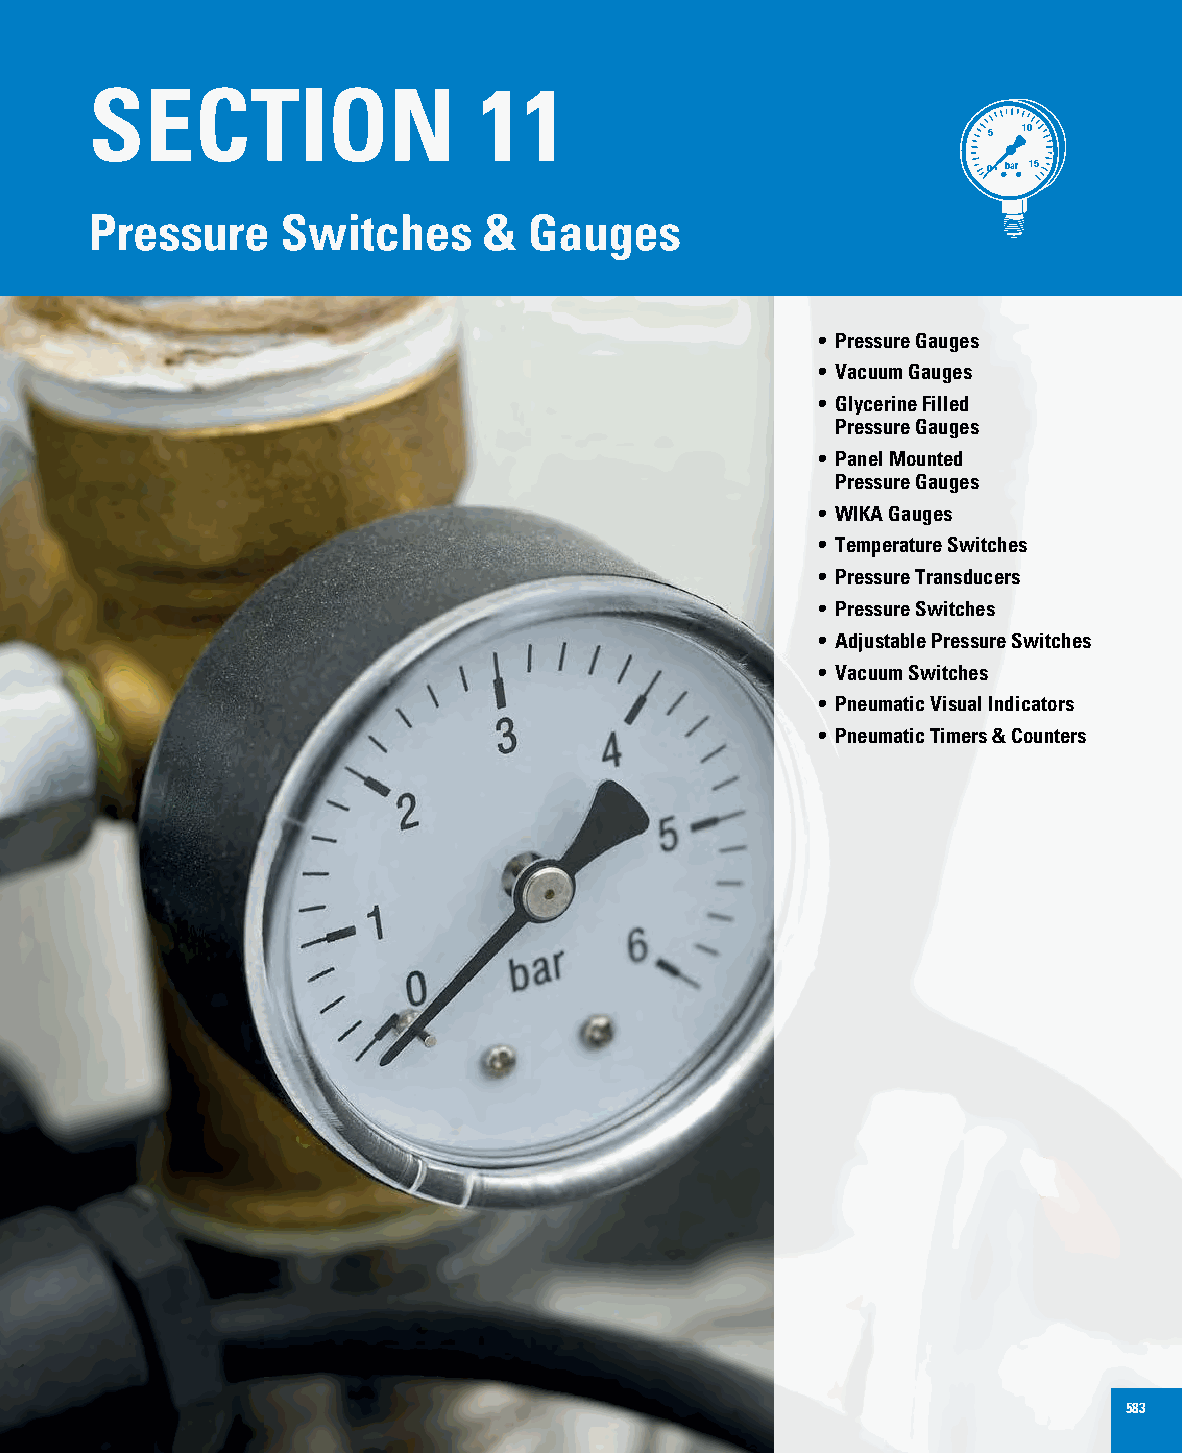
SECTION                   11
 5  10
 0 bar 15
 Pressure     Switches     &  Gauges
 • Pressure Gauges
 • Vacuum Gauges
 • G lycerine Filled
 Pressure Gauges
 • P anel Mounted
 Pressure Gauges
 • WIKA Gauges
 • Temperature Switches
 • Pressure Transducers
 • Pressure Switches
 • Adjustable Pressure Switches
 • Vacuum Switches
 • Pneumatic Visual Indicators
 • Pneumatic Timers & Counters
 583